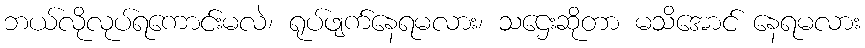
ဘယ်လိုလုပ်ရကောင်းမလဲ၊ ရုပ်ဖျက်နေရမလား၊ သဌေးဆိုတာ မသိအောင် နေရမလား